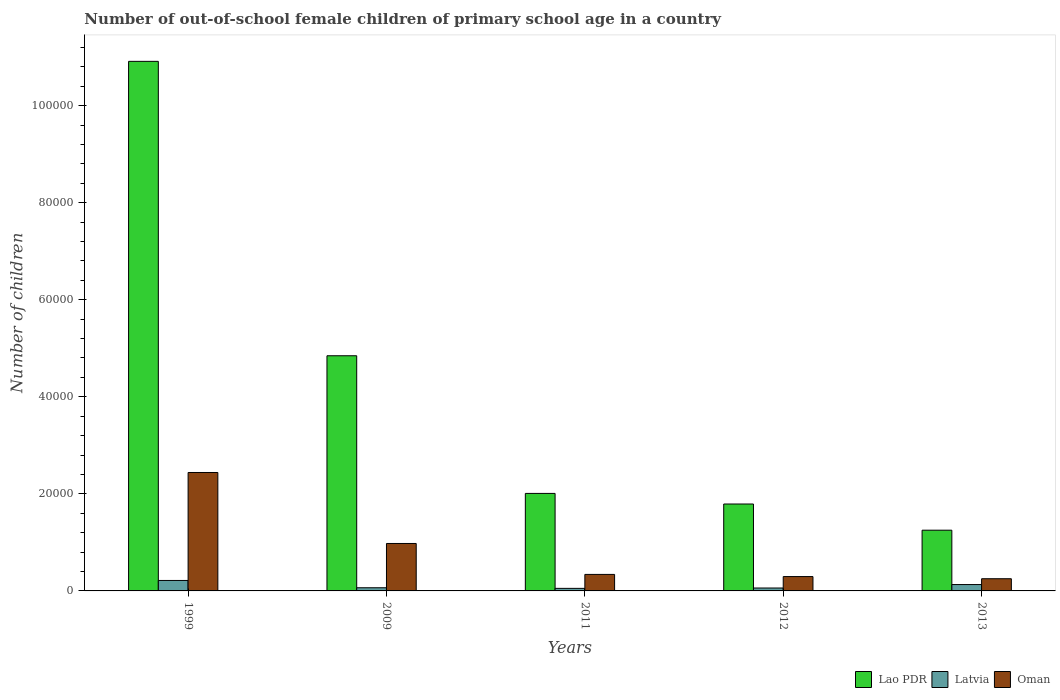
| Years | Lao PDR | Latvia | Oman |
 | --- | --- | --- | --- |
 | 1999 | 1.09e+05 | 2.16e+03 | 2.44e+04 |
 | 2009 | 4.85e+04 | 653 | 9.78e+03 |
 | 2011 | 2.01e+04 | 527 | 3.4e+03 |
 | 2012 | 1.79e+04 | 600 | 2.96e+03 |
 | 2013 | 1.25e+04 | 1.31e+03 | 2.51e+03 |